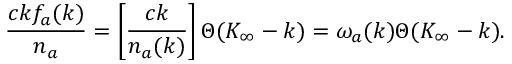
{ \frac { c k f _ { a } ( k ) } { n _ { a } } } = \left[ { \frac { c k } { n _ { a } ( k ) } } \right] \Theta ( K _ { \infty } - k ) = \omega _ { a } ( k ) \Theta ( K _ { \infty } - k ) .